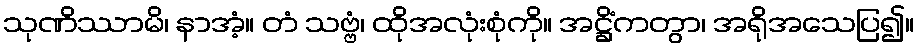
သုဏိဿာမိ၊ နာအံ့။ တံ သဗ္ဗံ၊ ထိုအလုံးစုံကို။ အဋ္ဌိံကတွာ၊ အရိုအသေပြ၍။